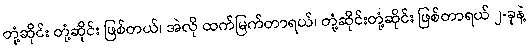
တုံ့ဆိုင်း တုံ့ဆိုင်း ဖြစ်တယ်၊ အဲလို ထက်မြက်တာရယ်၊ တုံ့ဆိုင်းတုံ့ဆိုင်း ဖြစ်တာရယ် ၂-ခုနဲ့